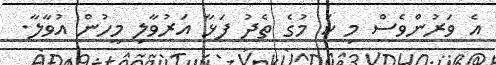
އެ ވަރުންވެސް މި ކަ މުގެ ތެދު ފަޅާ އަރުވާލި މީހުން އުވާލާ.